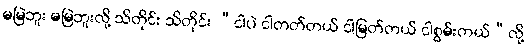
မမြဲဘူး မမြဲဘူးလို့ သိတိုင်း သိတိုင်း “ငါပဲ ငါတတ်တယ် ငါမြတ်တယ် ငါစွမ်းတယ်”လို့